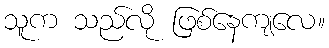
သူက သည်လို ဖြစ်နေကျလေ။